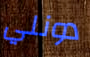
دونلي